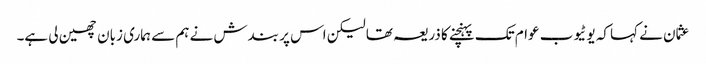
عثمان نے کہا کہ یوٹیوب عوام تک پہنچنے کا ذریعہ تھا لیکن اس پر بندش نے ہم سے ہماری زبان چھین لی ہے۔